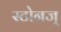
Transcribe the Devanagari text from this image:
स्टोनज्